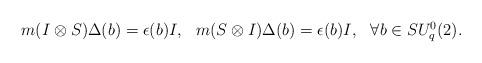
LaTeX: \begin{align*}\begin{array}{ccc}m(I\otimes S)\Delta(b)=\epsilon(b)I, & m(S\otimes I)\Delta(b)=\epsilon(b)I, & \forall b\in SU_{q}^{0}(2).\end{array}\end{align*}